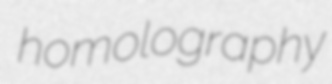
homolography